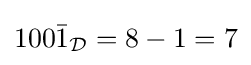
100{\bar {1}}_{\mathcal {D}}=8-1=7